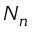
N _ { n }